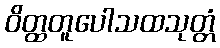
ဝိတ္ထတူပေါသထသုတ္တံ